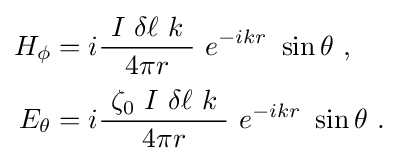
{\begin{aligned}H_{\phi }&=i{\frac {\ I\ \delta \ell \ k\ }{4\pi r}}\ e^{-ikr}\ \sin \theta \ ,\\[2pt]E_{\theta }&=i{\frac {\ \zeta _{0}\ I\ \delta \ell \ k\ }{4\pi r}}\ e^{-ikr}\ \sin \theta ~.\end{aligned}}